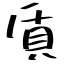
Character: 貭